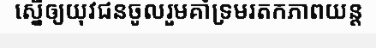
ស្នើឲ្យយុវជនចូលរួមគាំទ្រមរតកភាពយន្ត